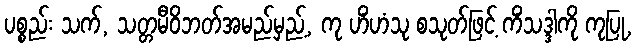
ပစ္စည်း သက်, သတ္တမီဝိဘတ်အမည်မှည့်, ကု ဟိံဟံသု စသုတ်ဖြင့် ကိံသဒ္ဒါကို ကုပြု,